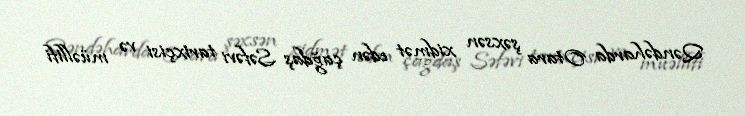
Qəndəharda Otara şəxsən xidmət edən çağdaş Səfəvi tarixçisi və müəllifi